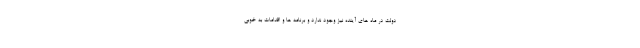
دولت در ماه های آینده نیز وجود ندارد و برنامه ها و اقدامات به خوبی